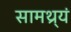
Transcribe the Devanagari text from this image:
सामथ्र्यं